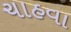
ચાહવા